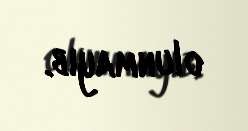
olunmayıb.